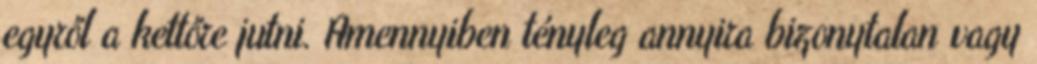
egyről a kettőre jutni. Amennyiben tényleg annyira bizonytalan vagy